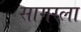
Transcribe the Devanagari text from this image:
सागरला